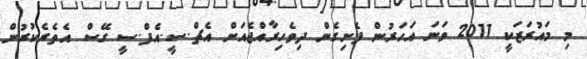
މި މައުރަޒަކީ 2011 ވަނަ އަހަރުން ފެށިގެން ދިވެހިރާއްޖެއަށް އެޗް.ސީ.އެފް.ސީ ގޭސް އެތެރެކުރުން